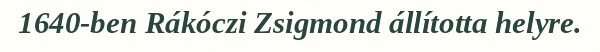
1640-ben Rákóczi Zsigmond állította helyre.